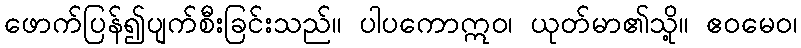
ဖောက်ပြန်၍ပျက်စီးခြင်းသည်။ ပါပကောဣဝ၊ ယုတ်မာ၏သို့။ ဧဝမေဝ၊